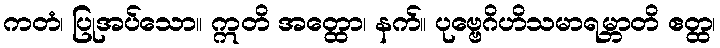
ကတံ၊ ပြုအပ်သော။ ဣတိ အတ္ထော၊ နက်။ ပုဗ္ဗေဂိဟိသမာရမ္ဘာတိ ဧတ္ထ၊